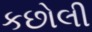
કછોલી